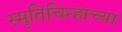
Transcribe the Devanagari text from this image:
स्मृतिचिन्हाच्या